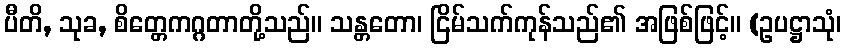
ပီတိ, သုခ, စိတ္တေကဂ္ဂတာတို့သည်။ သန္တတော၊ ငြိမ်သက်ကုန်သည်၏ အဖြစ်ဖြင့်။ (ဥပဋ္ဌာသုံ၊